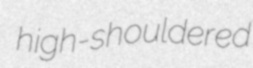
high-shouldered